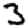
Digit: 3